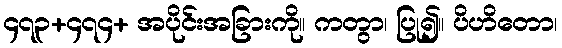
၄၇၃+၄၇၄+ အပိုင်းအခြားကို။ ကတွာ၊ ပြု၍။ ပိဟိတော၊